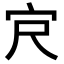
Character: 𪧆